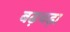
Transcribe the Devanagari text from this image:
बढ़चढ़ा